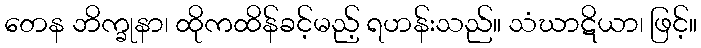
တေန ဘိက္ခုနာ၊ ထိုကထိန်ခင့်မည့် ရဟန်းသည်။ သံဃာဋိယာ၊ ဖြင့်။